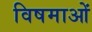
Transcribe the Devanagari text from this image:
विषमाओं